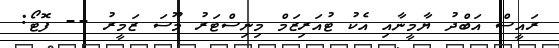
ރައީސް އަބްދު ޔާމީނާއި އެކު ޓުއަރިޒަމް މިނިސްޓަރު މޫސަ ޒަމީރު -- ފޮޓޯ: